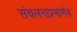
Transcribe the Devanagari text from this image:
संचलनाप्रमाणेच